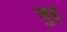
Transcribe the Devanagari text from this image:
जुइ